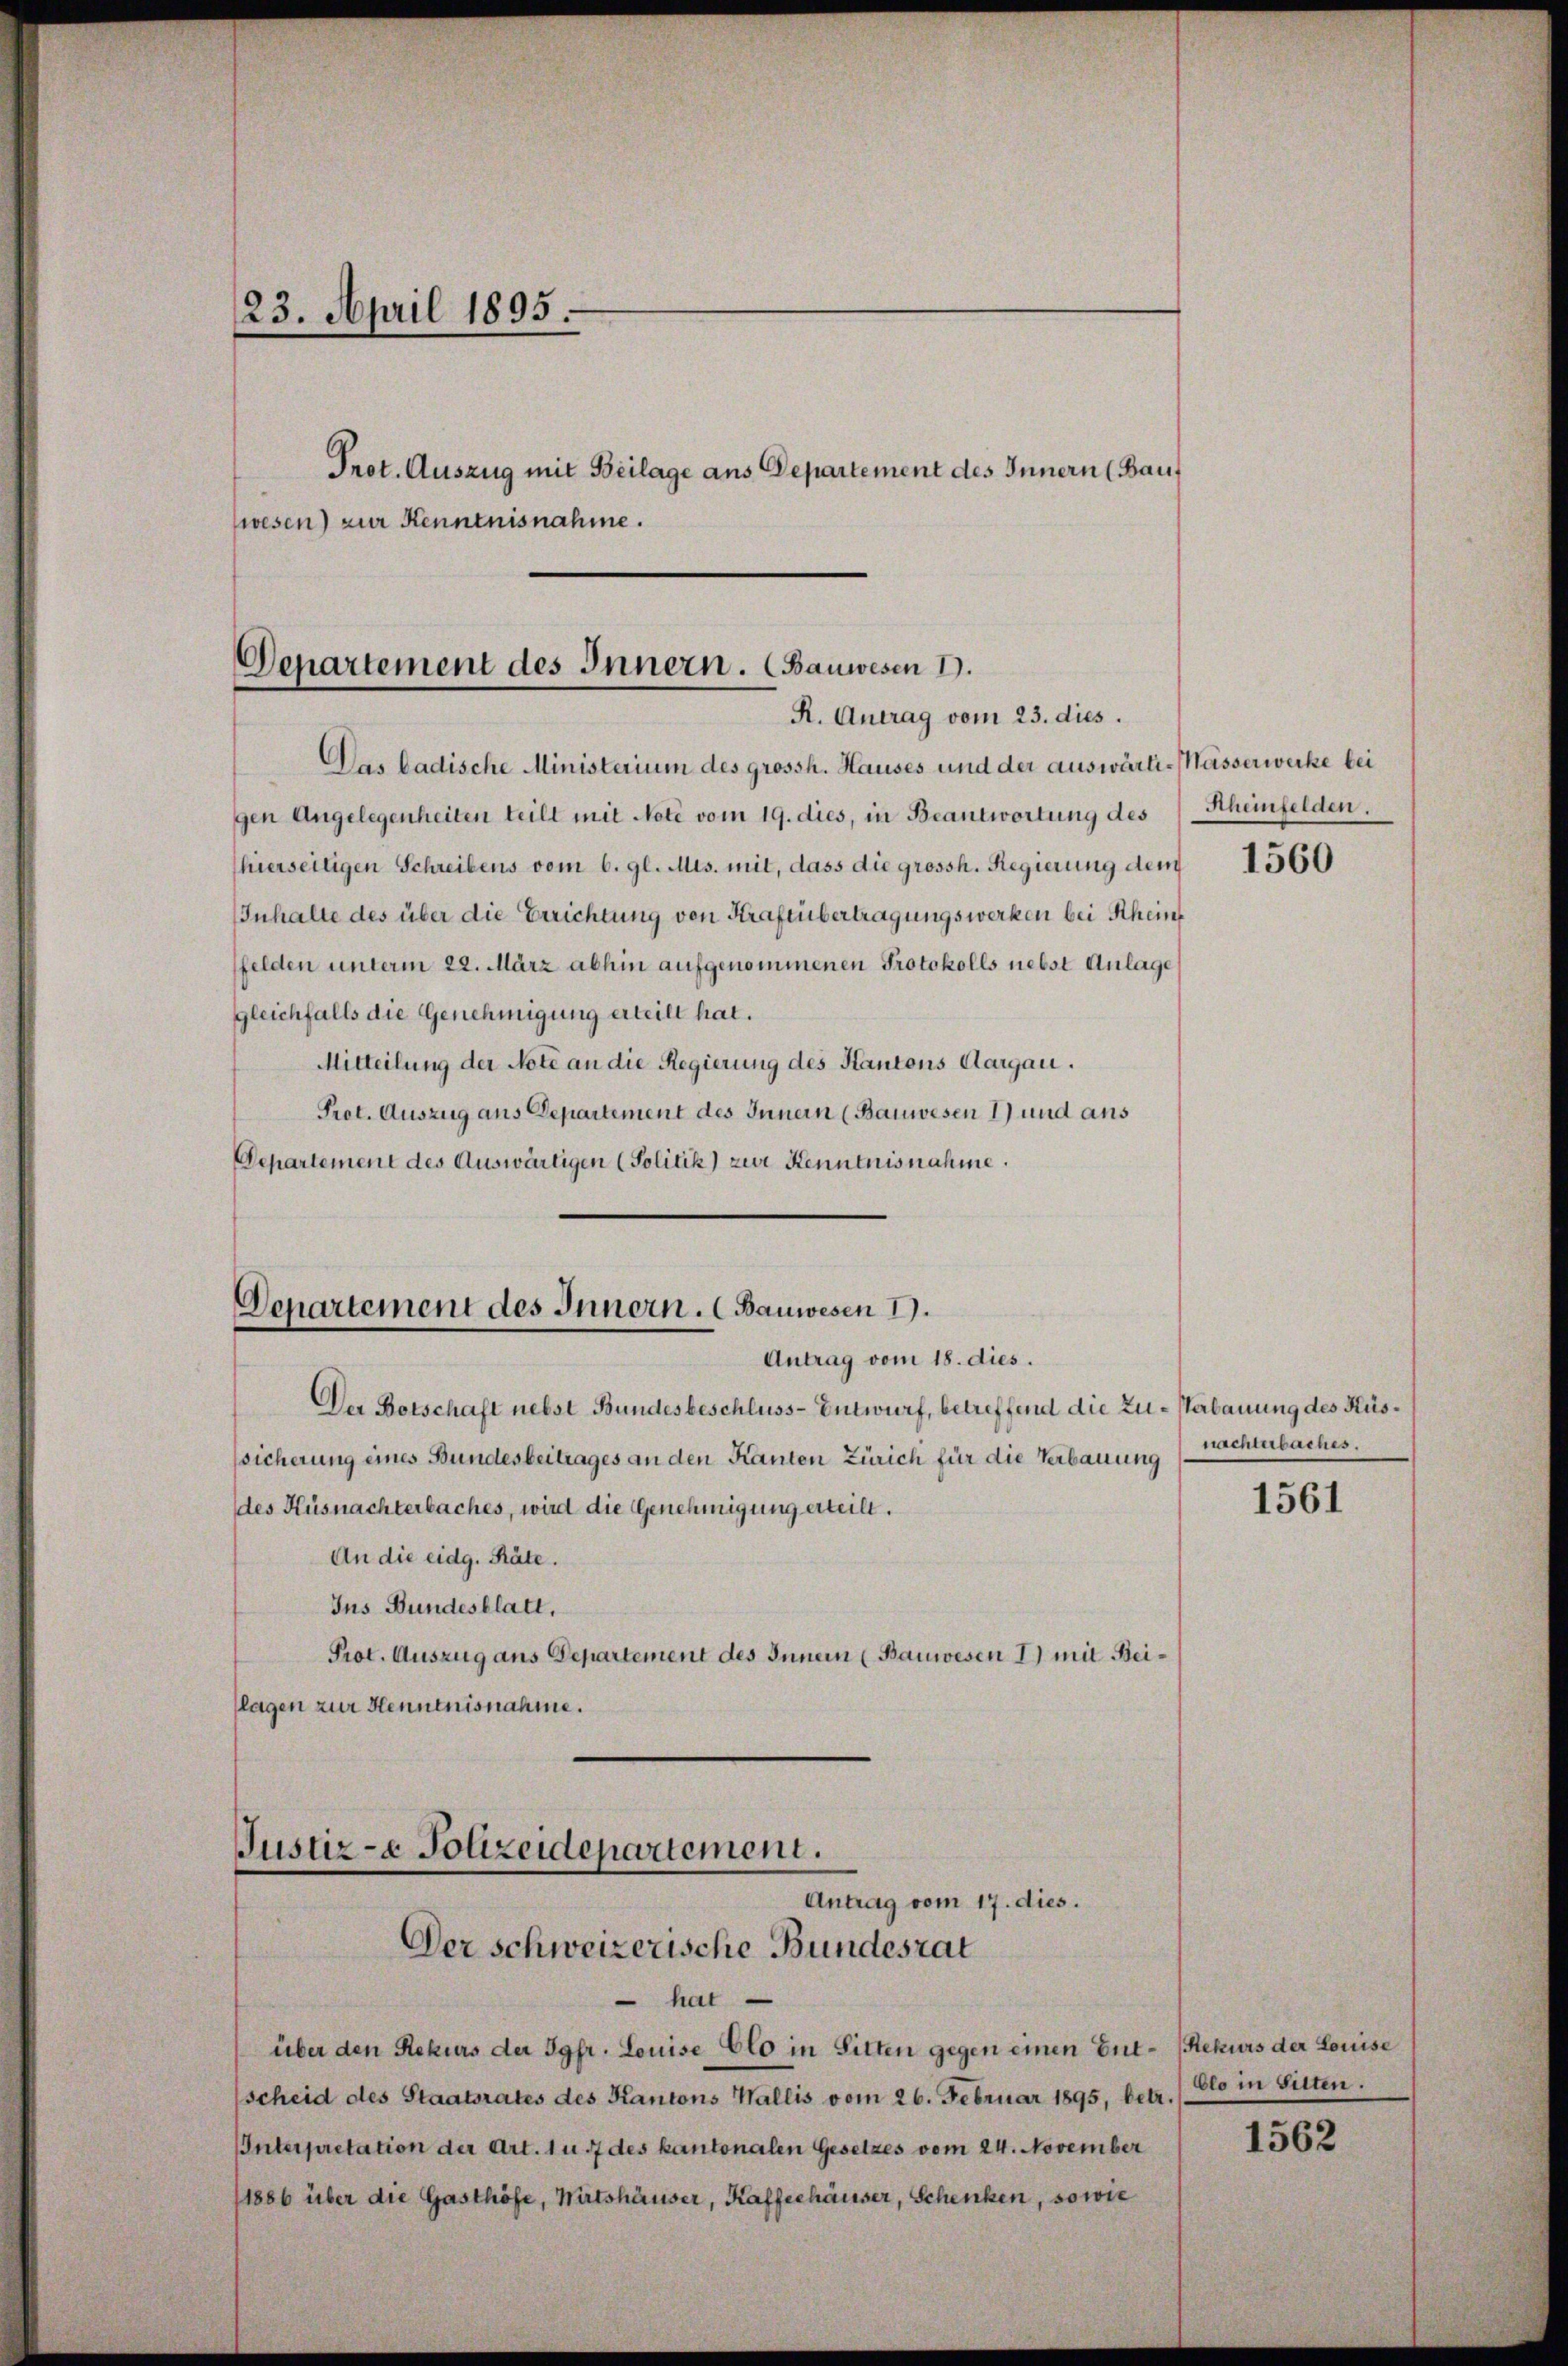
23. April 1895.
Prot. Auszug mit Beilage aus Departement des Innern (Bauf
wesen) zur Kenntnisnahme.

Departement des Innern. (Bauwesen 1.
R. Antrag vom 23. dies.

Das badische Ministerium des grossh. Hauses und der auswärti-Mässerwecke bei
gen Angelegenheiten teilt mit Note vom 19. dies, in Beantwortung des
hierseitigen Schreibens vom 6. gl. Mts. mit, dass die grossh. Regierung dem
Inhalte des über die Errichtung von Kraftübertragungswerken bei Rhein
ffelden unterm 22. März abhin aufgenommenen Protokolls nebst Anlage
gleichfalls die Genehmigung erteilt hat.
Mitteilung der Note an die Regierung des Kantons Aargau.
Prot. Auszug aus Departement des Innern (Bauwesen 1) und aus
Departement des Auswärtigen (Politik) zur Kenntnisnahme.

Departement des Innern. (Bauwesen I.
Antrag vom 18. dies.

Justiz- & Polizeidepartement.
Antrag vom 17. dies.
Der schweizerische Bundesrat

Der Botschaft nebst Bundesbeschluss-Entwurf, betreffend die Zu- Herbauung des Küssicherung eines Bundesbeitrages an den Kanten Zürich für die Verbauung
des Küsnachterbaches, wird die Genehmigung erteilt.
An die eidg. Räte.
Jus Bundesblatt,
Prot. Auszug aus Departement des Innern (Bauwesen I.) mit Beiflagen zur Henntnisnahme.

hat
über den Rekurs der Jgfr. Louise Clo in Sitten gegen einen Ent- (Rekurs der Louise
scheid des Staatsrates des Kantons Wallis vom 26. Februar 1895, betr.
Interpretation der Art. 1 u. 7 des kantonalen Gesetzes vom 24. November
11886 über die Gasthöfe, Wirtshäuser, Kaffeehäuser, Schenken, sowie

Scheinfelden.

1560

nachterbaches.

1561

Elo in suiten.

1562